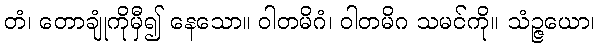
တံ၊ တောချုံကိုမှီ၍ နေသော။ ဝါတမိဂံ၊ ဝါတမိဂ သမင်ကို။ သံဉ္ဇယော၊